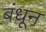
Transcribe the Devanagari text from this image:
बंधून